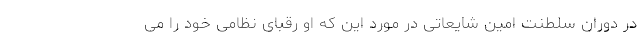
در دوران سلطنت امین شایعاتی در مورد این که او رقبای نظامی خود را می